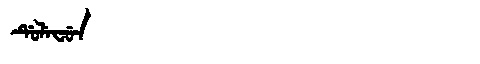
Manchu: ᡩᡠᠯᡝᠸᡠᠨ
Romanization: DULEFUN